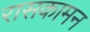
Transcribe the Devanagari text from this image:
रासकामन